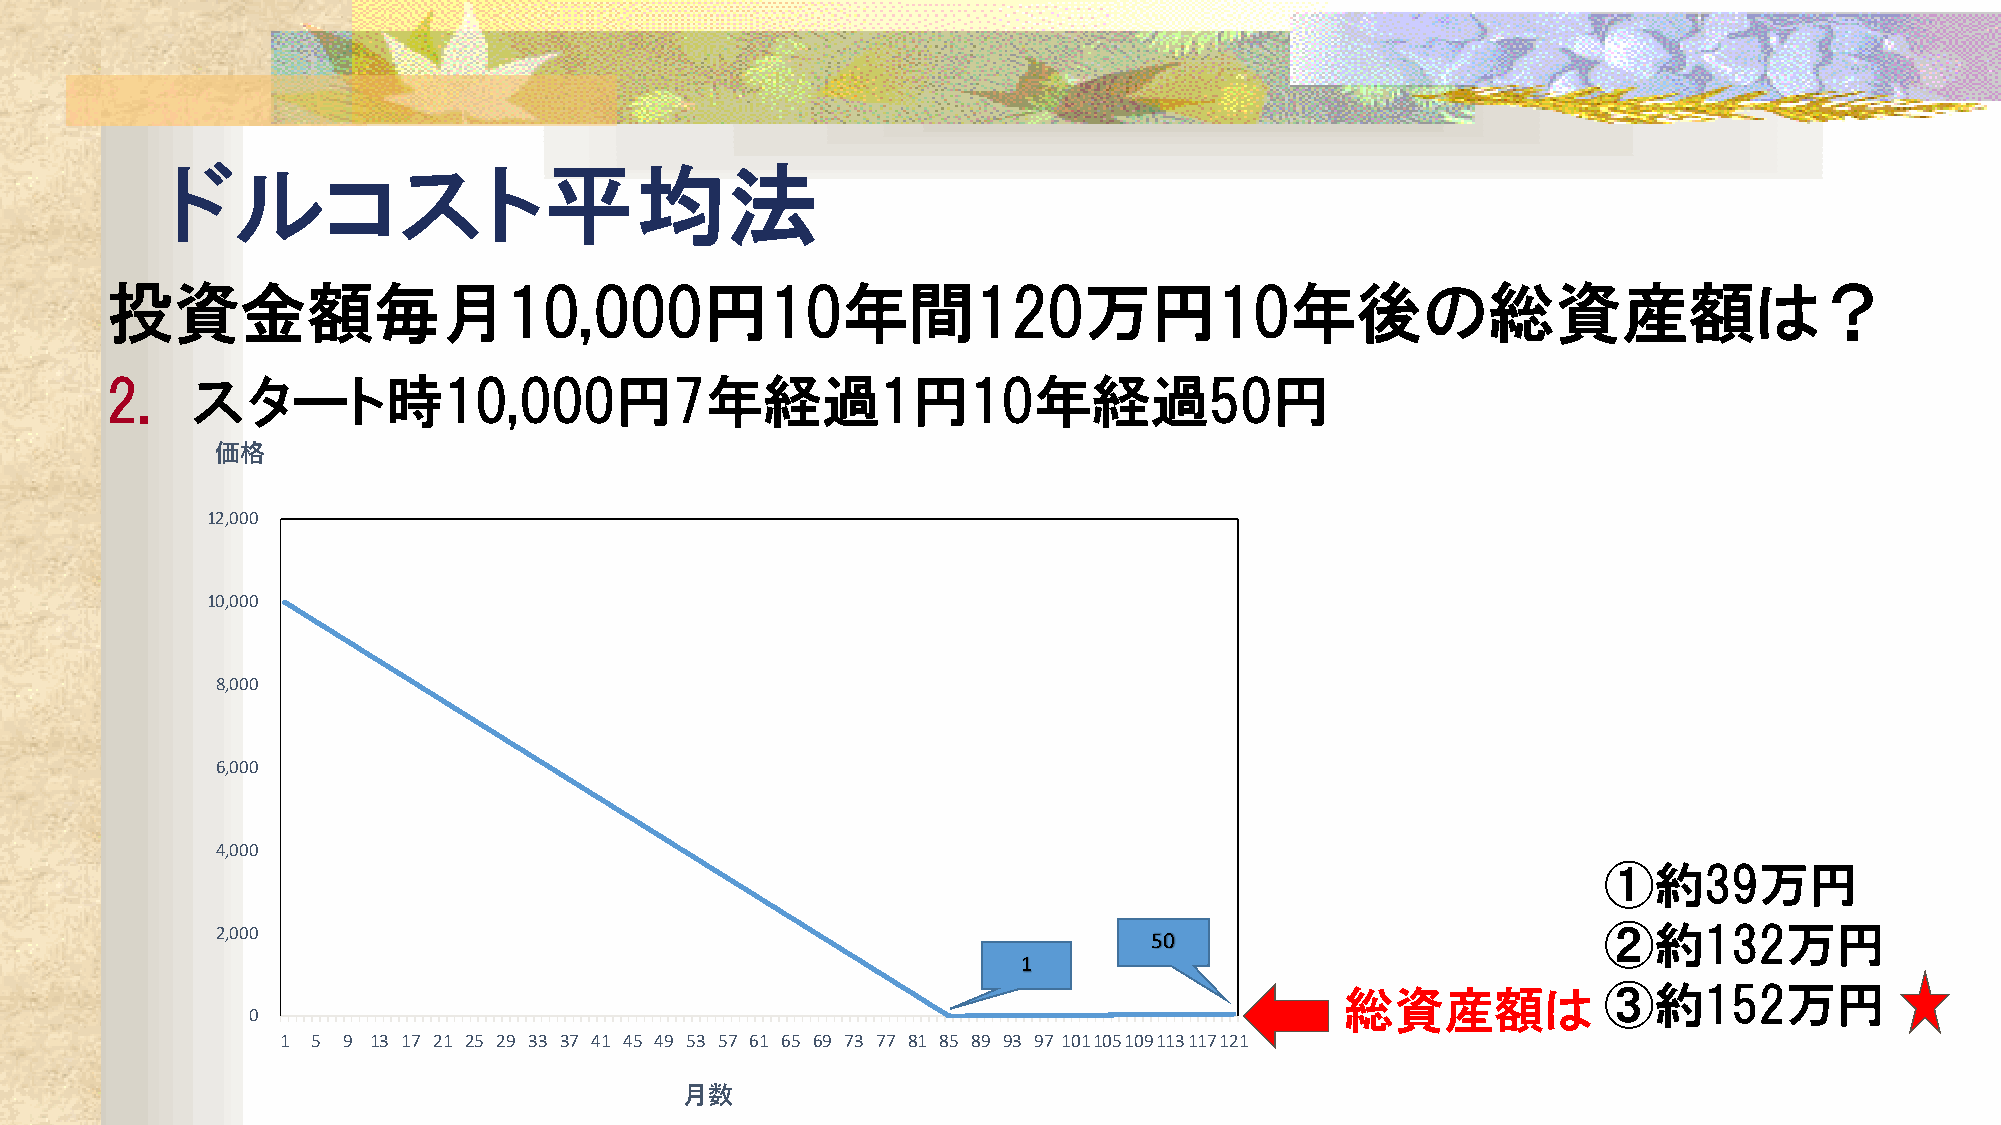
ドルコスト平均法
 投資金額毎月10,000円10年間120万円10年後の総資産額は？
 2.    スタート時10,000円7年経過1円10年経過50円
 価格
 12,000
 10,000
 8,000
 6,000
 4,000
 ①約39万円
 2,000                                                         50                            ②約132万円
 1
 総資産額は            ③約152万円
 0
 1 5 9 13 17 21 25 29 33 37 41 45 49 53 57 61 65 69 73 77 81 85 89 93 97 101105109113117121
 月数